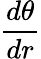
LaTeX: {\frac{d\theta}{dr}}